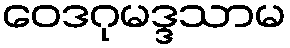
ဝေဒဂုမဒ္ဒသာမ